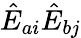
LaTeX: \hat{E}_{ai}\hat{E}_{bj}